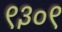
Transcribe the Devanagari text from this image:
९३०९